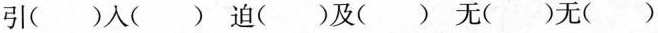
引( )人( ) 迫( )及( ) 无( )无( )